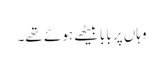
وہاں پر بابا بیٹھے ہوئے تھے۔